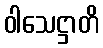
ဝါသေဋ္ဌာတိ